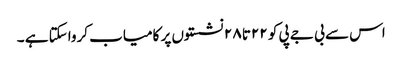
اس سے بی جے پی کو ۲۲تا ۲۸ نشستوں پر کامیاب کرواسکتا ہے ۔